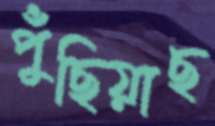
পুঁছিয়াছ